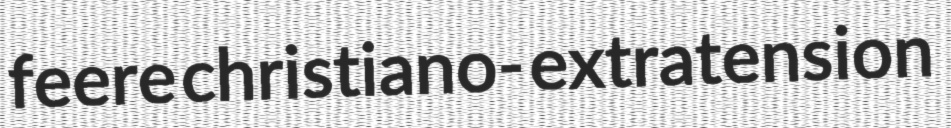
feere christiano- extratension